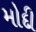
મોદી